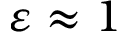
\varepsilon \approx 1